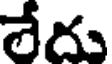
లేదు